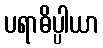
ပရာဓိပ္ပါယာ